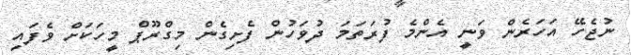
ނުޖެހޭ އަހަރެން ވަނީ އެންމެ ފުރަތަމަ ދުވަހުން ފެށިގެން މިގްރޫޕް މީހަކަށް ވެފައި